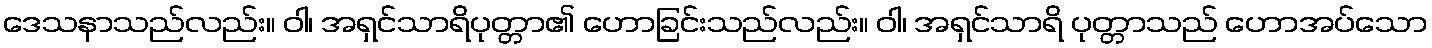
ဒေသနာသည်လည်း။ ဝါ၊ အရှင်သာရိပုတ္တာ၏ ဟောခြင်းသည်လည်း။ ဝါ၊ အရှင်သာရိ ပုတ္တာသည် ဟောအပ်သော